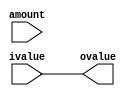
module RightShift(
	ovalue,
	ivalue,
	amount
);
	
	parameter	LOGWORD=0;
	localparam	WORD=(1<<LOGWORD);
	
	output		reg			[WORD-1:0]								ovalue;	// shifted value
	input					[WORD-1:0]								ivalue;	// original value
	input					[LOGWORD-1:0]							amount;	// amount by which to shift right
	
				reg			[WORD-1:0]								rank	[LOGWORD+1-1:0];	// intermediate shifts; +1 is aliased to ivalue
	
	always @(*) begin
		rank[LOGWORD]	<=	ivalue;
	end
	
	genvar i;
	genvar j;
	generate
		for(i=0; i<LOGWORD; i=i+1) begin : i_right_shift		// iterates over logarithmically-spaced ranks
			always @(*) begin
				if(amount[i]) begin
					rank[i]	<=	rank[i+1][WORD-1:(1<<i)];
				end
				else begin
					rank[i]	<=	rank[i+1];
				end
			end
		end
	endgenerate
	
	always @(*) begin
		ovalue	<=	rank[0];
	end
endmodule